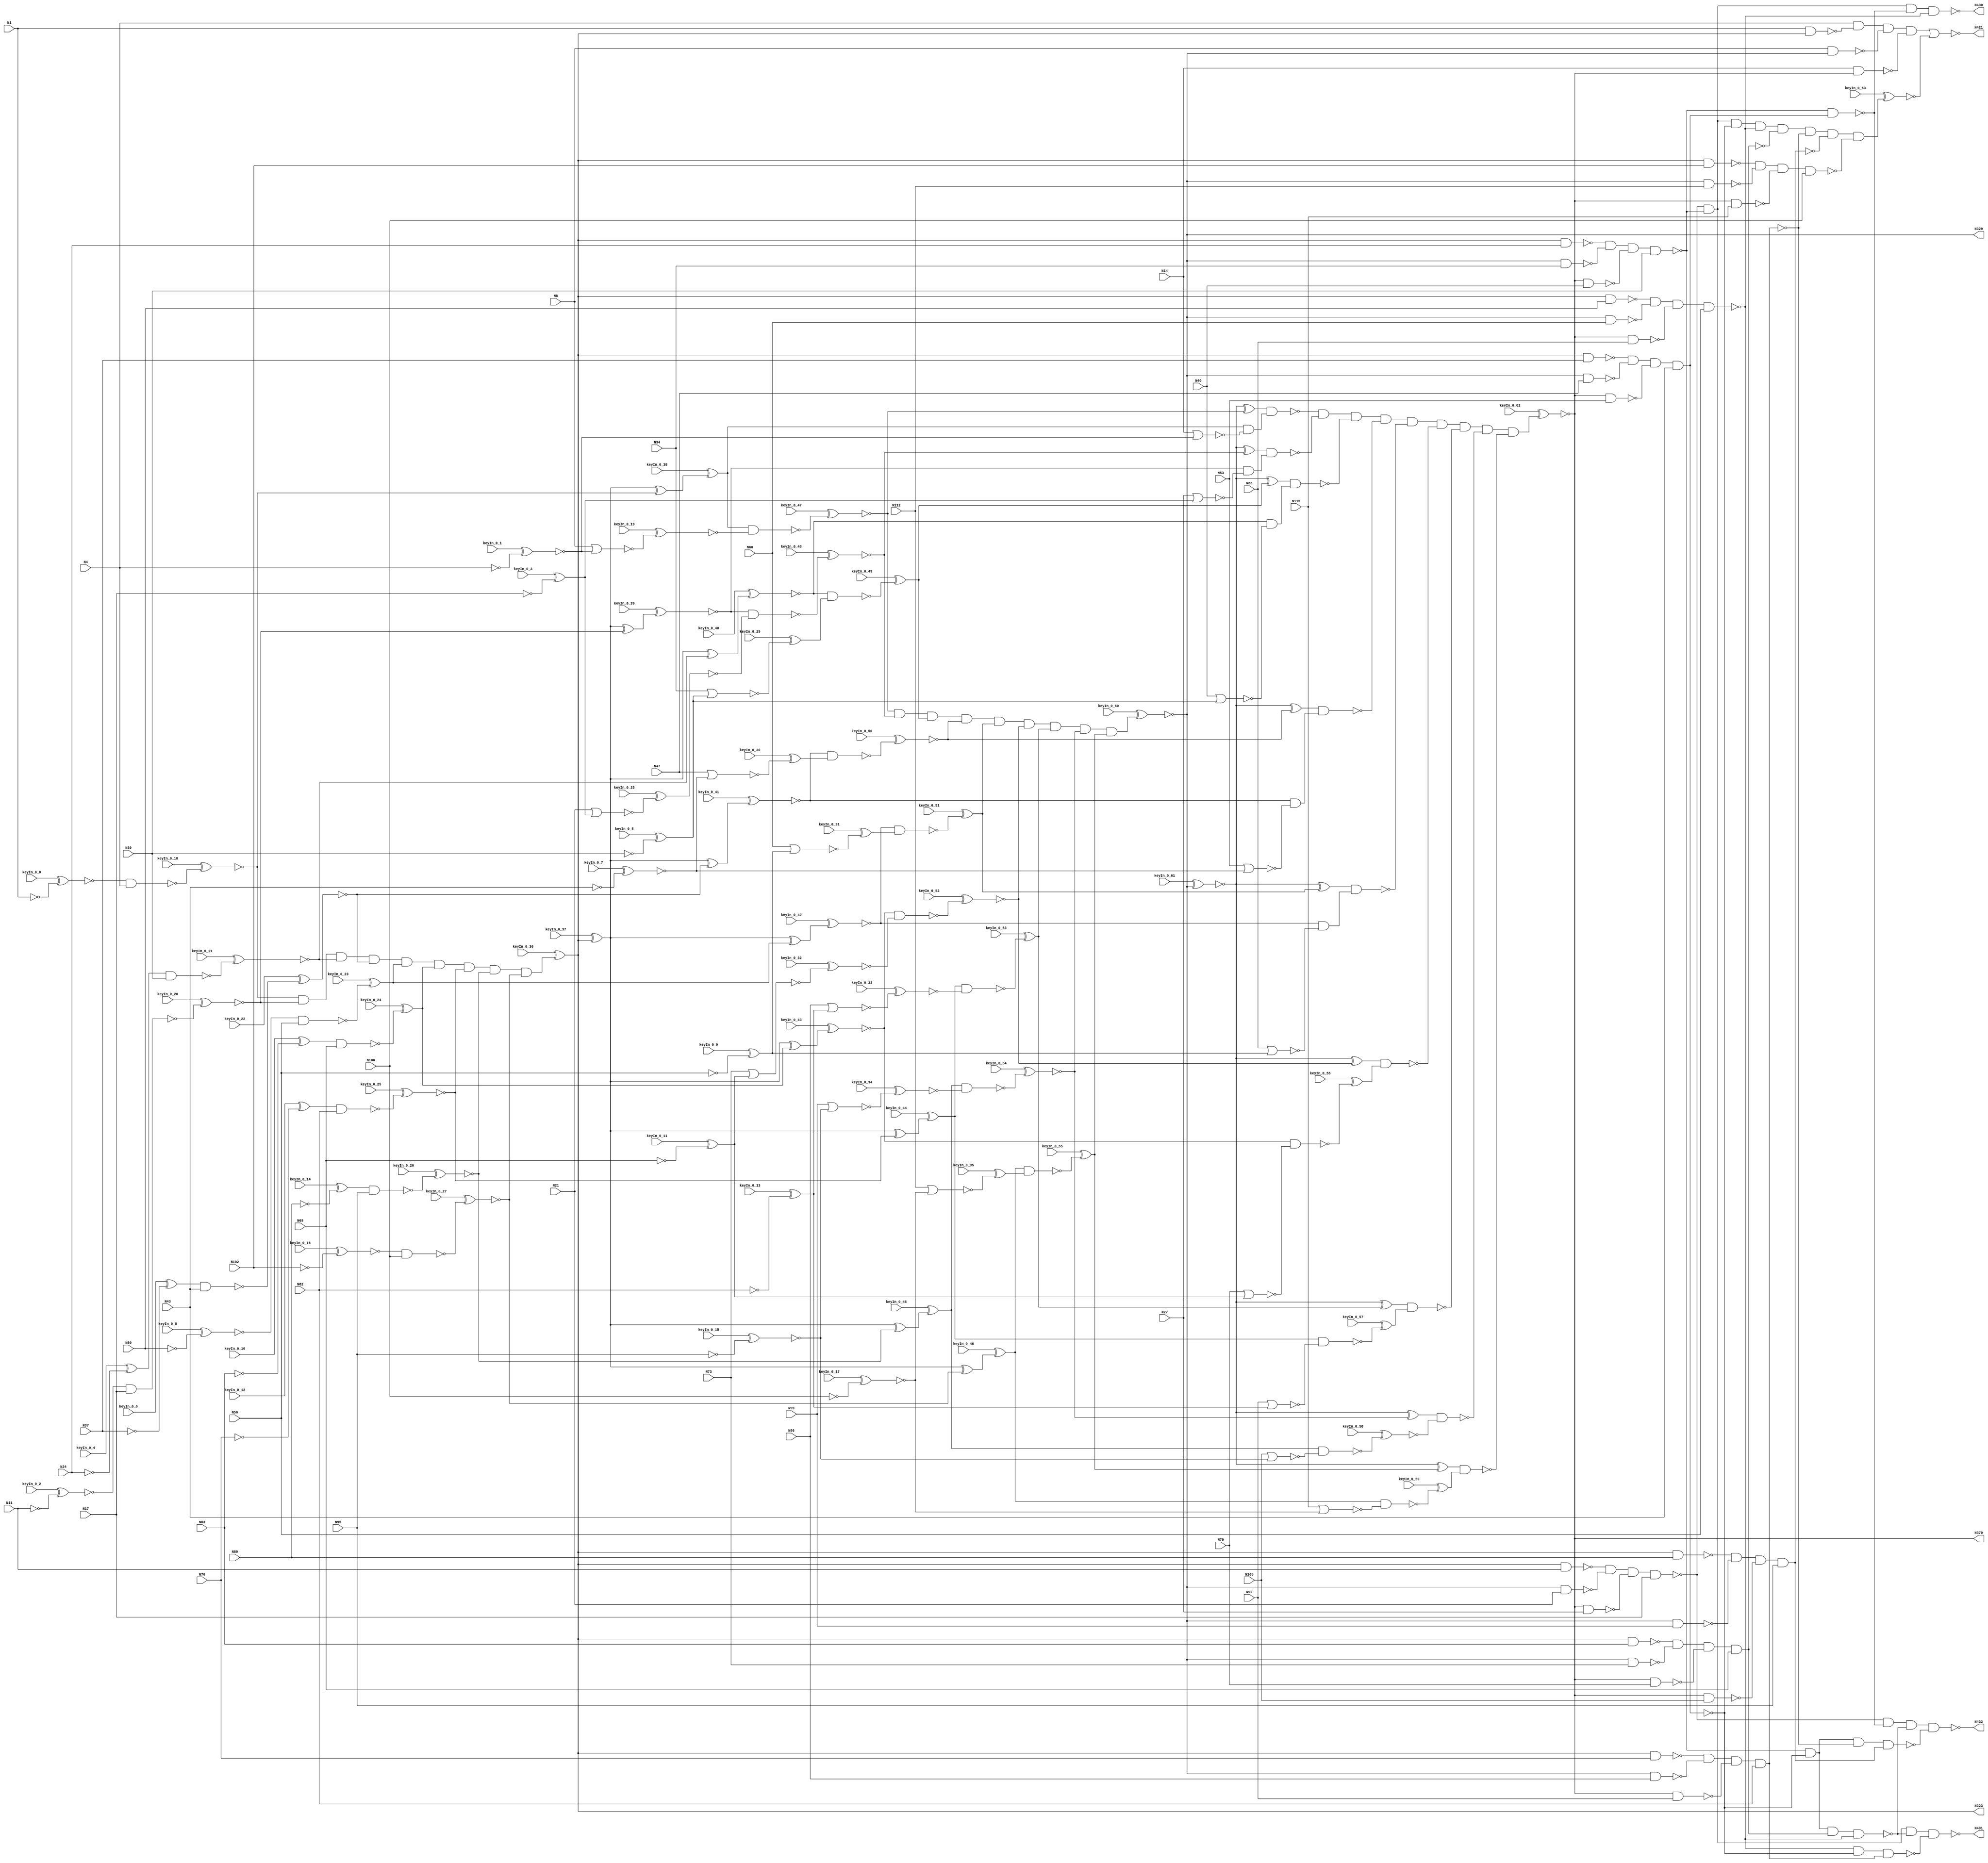
// This program was cloned from: https://github.com/matthewdelorenzo/CreativEval
// License: BSD 3-Clause "New" or "Revised" License

`timescale 1ns / 1ps
// Verilog
// c432
// Ninputs 36
// Noutputs 7
// NtotalGates 160
// NOT1 40
// NAND2 64
// NOR2 19
// AND9 3
// XOR2 18
// NAND4 14
// AND8 1
// NAND3 1

module top (N1,N4,N8,N11,N14,N17,N21,N24,N27,N30,
             N34,N37,N40,N43,N47,N50,N53,N56,N60,N63,
             N66,N69,N73,N76,N79,N82,N86,N89,N92,N95,
             N99,N102,N105,N108,N112,N115,N223,N329,N370,N421,
                  N430,N431,N432,
        keyIn_0_0, keyIn_0_1, keyIn_0_2, keyIn_0_3, keyIn_0_4,
        keyIn_0_5, keyIn_0_6, keyIn_0_7, keyIn_0_8, keyIn_0_9,
        keyIn_0_10, keyIn_0_11, keyIn_0_12, keyIn_0_13, keyIn_0_14,
        keyIn_0_15, keyIn_0_16, keyIn_0_17, keyIn_0_18, keyIn_0_19,
        keyIn_0_20, keyIn_0_21, keyIn_0_22, keyIn_0_23, keyIn_0_24,
        keyIn_0_25, keyIn_0_26, keyIn_0_27, keyIn_0_28, keyIn_0_29,
        keyIn_0_30, keyIn_0_31, keyIn_0_32, keyIn_0_33, keyIn_0_34,
        keyIn_0_35, keyIn_0_36, keyIn_0_37, keyIn_0_38, keyIn_0_39,
        keyIn_0_40, keyIn_0_41, keyIn_0_42, keyIn_0_43, keyIn_0_44,
        keyIn_0_45, keyIn_0_46, keyIn_0_47, keyIn_0_48, keyIn_0_49,
        keyIn_0_50, keyIn_0_51, keyIn_0_52, keyIn_0_53, keyIn_0_54,
        keyIn_0_55, keyIn_0_56, keyIn_0_57, keyIn_0_58, keyIn_0_59,
        keyIn_0_60, keyIn_0_61, keyIn_0_62, keyIn_0_63);

  input keyIn_0_0, keyIn_0_1, keyIn_0_2, keyIn_0_3, keyIn_0_4;
  input keyIn_0_5, keyIn_0_6, keyIn_0_7, keyIn_0_8, keyIn_0_9;
  input keyIn_0_10, keyIn_0_11, keyIn_0_12, keyIn_0_13, keyIn_0_14;
  input keyIn_0_15, keyIn_0_16, keyIn_0_17, keyIn_0_18, keyIn_0_19;
  input keyIn_0_20, keyIn_0_21, keyIn_0_22, keyIn_0_23, keyIn_0_24;
  input keyIn_0_25, keyIn_0_26, keyIn_0_27, keyIn_0_28, keyIn_0_29;
  input keyIn_0_30, keyIn_0_31, keyIn_0_32, keyIn_0_33, keyIn_0_34;
  input keyIn_0_35, keyIn_0_36, keyIn_0_37, keyIn_0_38, keyIn_0_39;
  input keyIn_0_40, keyIn_0_41, keyIn_0_42, keyIn_0_43, keyIn_0_44;
  input keyIn_0_45, keyIn_0_46, keyIn_0_47, keyIn_0_48, keyIn_0_49;
  input keyIn_0_50, keyIn_0_51, keyIn_0_52, keyIn_0_53, keyIn_0_54;
  input keyIn_0_55, keyIn_0_56, keyIn_0_57, keyIn_0_58, keyIn_0_59;
  input keyIn_0_60, keyIn_0_61, keyIn_0_62, keyIn_0_63;

  wire [0:63] KeyWire_0;
  wire [0:27] KeyNOTWire_0;

input N1,N4,N8,N11,N14,N17,N21,N24,N27,N30,
      N34,N37,N40,N43,N47,N50,N53,N56,N60,N63,
      N66,N69,N73,N76,N79,N82,N86,N89,N92,N95,
      N99,N102,N105,N108,N112,N115;

output N223,N329,N370,N421,N430,N431,N432;

wire N118,N119,N122,N123,N126,N127,N130,N131,N134,N135,
     N138,N139,N142,N143,N146,N147,N150,N151,N154,N157,
     N158,N159,N162,N165,N168,N171,N174,N177,N180,N183,
     N184,N185,N186,N187,N188,N189,N190,N191,N192,N193,
     N194,N195,N196,N197,N198,N199,N203,N213,N224,N227,
     N230,N233,N236,N239,N242,N243,N246,N247,N250,N251,
     N254,N255,N256,N257,N258,N259,N260,N263,N264,N267,
     N270,N273,N276,N279,N282,N285,N288,N289,N290,N291,
     N292,N293,N294,N295,N296,N300,N301,N302,N303,N304,
     N305,N306,N307,N308,N309,N319,N330,N331,N332,N333,
     N334,N335,N336,N337,N338,N339,N340,N341,N342,N343,
     N344,N345,N346,N347,N348,N349,N350,N351,N352,N353,
     N354,N355,N356,N357,N360,N371,N372,N373,N374,N375,
     N376,N377,N378,N379,N380,N381,N386,N393,N399,N404,
     N407,N411,N414,N415,N416,N417,N418,N419,N420,N422,
     N425,N428,N429;

  not NOT1_1 (KeyWire_0[0], N1);
  xnor KeyGate_0_0(N118, keyIn_0_0, KeyWire_0[0]);
  not NOT1_2 (KeyWire_0[1], N4);
  xor KeyGate_0_1(KeyNOTWire_0[0], keyIn_0_1, KeyWire_0[1]);
  not KeyNOTGate_0_0(N119, KeyNOTWire_0[0]);
  not NOT1_3 (KeyWire_0[2], N11);
  xor KeyGate_0_2(KeyNOTWire_0[1], keyIn_0_2, KeyWire_0[2]);
  not KeyNOTGate_0_1(N122, KeyNOTWire_0[1]);
  not NOT1_4 (KeyWire_0[3], N17);
  xnor KeyGate_0_3(KeyNOTWire_0[2], keyIn_0_3, KeyWire_0[3]);
  not KeyNOTGate_0_2(N123, KeyNOTWire_0[2]);
  not NOT1_5 (KeyWire_0[4], N24);
  xor KeyGate_0_4(N126, keyIn_0_4, KeyWire_0[4]);
  not NOT1_6 (KeyWire_0[5], N30);
  xor KeyGate_0_5(N127, keyIn_0_5, KeyWire_0[5]);
  not NOT1_7 (KeyWire_0[6], N37);
  xor KeyGate_0_6(N130, keyIn_0_6, KeyWire_0[6]);
  not NOT1_8 (KeyWire_0[7], N43);
  xnor KeyGate_0_7(N131, keyIn_0_7, KeyWire_0[7]);
  not NOT1_9 (KeyWire_0[8], N50);
  xnor KeyGate_0_8(N134, keyIn_0_8, KeyWire_0[8]);
  not NOT1_10 (KeyWire_0[9], N56);
  xor KeyGate_0_9(N135, keyIn_0_9, KeyWire_0[9]);
  not NOT1_11 (KeyWire_0[10], N63);
  xor KeyGate_0_10(N138, keyIn_0_10, KeyWire_0[10]);
  not NOT1_12 (KeyWire_0[11], N69);
  xnor KeyGate_0_11(KeyNOTWire_0[3], keyIn_0_11, KeyWire_0[11]);
  not KeyNOTGate_0_3(N139, KeyNOTWire_0[3]);
  not NOT1_13 (KeyWire_0[12], N76);
  xor KeyGate_0_12(N142, keyIn_0_12, KeyWire_0[12]);
  not NOT1_14 (KeyWire_0[13], N82);
  xor KeyGate_0_13(N143, keyIn_0_13, KeyWire_0[13]);
  not NOT1_15 (KeyWire_0[14], N89);
  xor KeyGate_0_14(N146, keyIn_0_14, KeyWire_0[14]);
  not NOT1_16 (KeyWire_0[15], N95);
  xnor KeyGate_0_15(N147, keyIn_0_15, KeyWire_0[15]);
  not NOT1_17 (KeyWire_0[16], N102);
  xor KeyGate_0_16(KeyNOTWire_0[4], keyIn_0_16, KeyWire_0[16]);
  not KeyNOTGate_0_4(N150, KeyNOTWire_0[4]);
  not NOT1_18 (KeyWire_0[17], N108);
  xnor KeyGate_0_17(N151, keyIn_0_17, KeyWire_0[17]);
  nand NAND2_19 (KeyWire_0[18], N118, N4);
  xnor KeyGate_0_18(N154, keyIn_0_18, KeyWire_0[18]);
  nor NOR2_20 (KeyWire_0[19], N8, N119);
  xnor KeyGate_0_19(N157, keyIn_0_19, KeyWire_0[19]);
nor NOR2_21 (N158, N14, N119);
  nand NAND2_22 (KeyWire_0[20], N122, N17);
  xnor KeyGate_0_20(N159, keyIn_0_20, KeyWire_0[20]);
  nand NAND2_23 (KeyWire_0[21], N126, N30);
  xor KeyGate_0_21(KeyNOTWire_0[5], keyIn_0_21, KeyWire_0[21]);
  not KeyNOTGate_0_5(N162, KeyNOTWire_0[5]);
  nand NAND2_24 (KeyWire_0[22], N130, N43);
  xor KeyGate_0_22(KeyNOTWire_0[6], keyIn_0_22, KeyWire_0[22]);
  not KeyNOTGate_0_6(N165, KeyNOTWire_0[6]);
  nand NAND2_25 (KeyWire_0[23], N134, N56);
  xor KeyGate_0_23(N168, keyIn_0_23, KeyWire_0[23]);
  nand NAND2_26 (KeyWire_0[24], N138, N69);
  xnor KeyGate_0_24(KeyNOTWire_0[7], keyIn_0_24, KeyWire_0[24]);
  not KeyNOTGate_0_7(N171, KeyNOTWire_0[7]);
  nand NAND2_27 (KeyWire_0[25], N142, N82);
  xnor KeyGate_0_25(N174, keyIn_0_25, KeyWire_0[25]);
  nand NAND2_28 (KeyWire_0[26], N146, N95);
  xnor KeyGate_0_26(N177, keyIn_0_26, KeyWire_0[26]);
  nand NAND2_29 (KeyWire_0[27], N150, N108);
  xor KeyGate_0_27(KeyNOTWire_0[8], keyIn_0_27, KeyWire_0[27]);
  not KeyNOTGate_0_8(N180, KeyNOTWire_0[8]);
  nor NOR2_30 (KeyWire_0[28], N21, N123);
  xor KeyGate_0_28(KeyNOTWire_0[9], keyIn_0_28, KeyWire_0[28]);
  not KeyNOTGate_0_9(N183, KeyNOTWire_0[9]);
nor NOR2_31 (N184, N27, N123);
  nor NOR2_32 (KeyWire_0[29], N34, N127);
  xor KeyGate_0_29(N185, keyIn_0_29, KeyWire_0[29]);
nor NOR2_33 (N186, N40, N127);
  nor NOR2_34 (KeyWire_0[30], N47, N131);
  xnor KeyGate_0_30(KeyNOTWire_0[10], keyIn_0_30, KeyWire_0[30]);
  not KeyNOTGate_0_10(N187, KeyNOTWire_0[10]);
nor NOR2_35 (N188, N53, N131);
  nor NOR2_36 (KeyWire_0[31], N60, N135);
  xnor KeyGate_0_31(KeyNOTWire_0[11], keyIn_0_31, KeyWire_0[31]);
  not KeyNOTGate_0_11(N189, KeyNOTWire_0[11]);
nor NOR2_37 (N190, N66, N135);
  nor NOR2_38 (KeyWire_0[32], N73, N139);
  xor KeyGate_0_32(KeyNOTWire_0[12], keyIn_0_32, KeyWire_0[32]);
  not KeyNOTGate_0_12(N191, KeyNOTWire_0[12]);
nor NOR2_39 (N192, N79, N139);
  nor NOR2_40 (KeyWire_0[33], N86, N143);
  xnor KeyGate_0_33(N193, keyIn_0_33, KeyWire_0[33]);
nor NOR2_41 (N194, N92, N143);
  nor NOR2_42 (KeyWire_0[34], N99, N147);
  xor KeyGate_0_34(KeyNOTWire_0[13], keyIn_0_34, KeyWire_0[34]);
  not KeyNOTGate_0_13(N195, KeyNOTWire_0[13]);
nor NOR2_43 (N196, N105, N147);
  nor NOR2_44 (KeyWire_0[35], N112, N151);
  xnor KeyGate_0_35(KeyNOTWire_0[14], keyIn_0_35, KeyWire_0[35]);
  not KeyNOTGate_0_14(N197, KeyNOTWire_0[14]);
nor NOR2_45 (N198, N115, N151);
  and AND9_46 (KeyWire_0[36], N154, N159, N162, N165, N168, N171, N174, N177, N180);
  xnor KeyGate_0_36(N199, keyIn_0_36, KeyWire_0[36]);
  not NOT1_47 (KeyWire_0[37], N199);
  xnor KeyGate_0_37(KeyNOTWire_0[15], keyIn_0_37, KeyWire_0[37]);
  not KeyNOTGate_0_15(N203, KeyNOTWire_0[15]);
not NOT1_48 (N213, N199);
not NOT1_49 (N223, N199);
  xor XOR2_50 (KeyWire_0[38], N203, N154);
  xnor KeyGate_0_38(KeyNOTWire_0[16], keyIn_0_38, KeyWire_0[38]);
  not KeyNOTGate_0_16(N224, KeyNOTWire_0[16]);
  xor XOR2_51 (KeyWire_0[39], N203, N159);
  xnor KeyGate_0_39(N227, keyIn_0_39, KeyWire_0[39]);
  xor XOR2_52 (KeyWire_0[40], N203, N162);
  xor KeyGate_0_40(KeyNOTWire_0[17], keyIn_0_40, KeyWire_0[40]);
  not KeyNOTGate_0_17(N230, KeyNOTWire_0[17]);
  xor XOR2_53 (KeyWire_0[41], N203, N165);
  xnor KeyGate_0_41(N233, keyIn_0_41, KeyWire_0[41]);
  xor XOR2_54 (KeyWire_0[42], N203, N168);
  xor KeyGate_0_42(KeyNOTWire_0[18], keyIn_0_42, KeyWire_0[42]);
  not KeyNOTGate_0_18(N236, KeyNOTWire_0[18]);
  xor XOR2_55 (KeyWire_0[43], N203, N171);
  xor KeyGate_0_43(KeyNOTWire_0[19], keyIn_0_43, KeyWire_0[43]);
  not KeyNOTGate_0_19(N239, KeyNOTWire_0[19]);
nand NAND2_56 (N242, N1, N213);
  xor XOR2_57 (KeyWire_0[44], N203, N174);
  xor KeyGate_0_44(N243, keyIn_0_44, KeyWire_0[44]);
nand NAND2_58 (N246, N213, N11);
  xor XOR2_59 (KeyWire_0[45], N203, N177);
  xor KeyGate_0_45(N247, keyIn_0_45, KeyWire_0[45]);
nand NAND2_60 (N250, N213, N24);
  xor XOR2_61 (KeyWire_0[46], N203, N180);
  xor KeyGate_0_46(N251, keyIn_0_46, KeyWire_0[46]);
nand NAND2_62 (N254, N213, N37);
nand NAND2_63 (N255, N213, N50);
nand NAND2_64 (N256, N213, N63);
nand NAND2_65 (N257, N213, N76);
nand NAND2_66 (N258, N213, N89);
nand NAND2_67 (N259, N213, N102);
  nand NAND2_68 (KeyWire_0[47], N224, N157);
  xor KeyGate_0_47(KeyNOTWire_0[20], keyIn_0_47, KeyWire_0[47]);
  not KeyNOTGate_0_20(N260, KeyNOTWire_0[20]);
nand NAND2_69 (N263, N224, N158);
  nand NAND2_70 (KeyWire_0[48], N227, N183);
  xor KeyGate_0_48(KeyNOTWire_0[21], keyIn_0_48, KeyWire_0[48]);
  not KeyNOTGate_0_21(N264, KeyNOTWire_0[21]);
  nand NAND2_71 (KeyWire_0[49], N230, N185);
  xnor KeyGate_0_49(KeyNOTWire_0[22], keyIn_0_49, KeyWire_0[49]);
  not KeyNOTGate_0_22(N267, KeyNOTWire_0[22]);
  nand NAND2_72 (KeyWire_0[50], N233, N187);
  xor KeyGate_0_50(KeyNOTWire_0[23], keyIn_0_50, KeyWire_0[50]);
  not KeyNOTGate_0_23(N270, KeyNOTWire_0[23]);
  nand NAND2_73 (KeyWire_0[51], N236, N189);
  xor KeyGate_0_51(N273, keyIn_0_51, KeyWire_0[51]);
  nand NAND2_74 (KeyWire_0[52], N239, N191);
  xnor KeyGate_0_52(N276, keyIn_0_52, KeyWire_0[52]);
  nand NAND2_75 (KeyWire_0[53], N243, N193);
  xnor KeyGate_0_53(KeyNOTWire_0[24], keyIn_0_53, KeyWire_0[53]);
  not KeyNOTGate_0_24(N279, KeyNOTWire_0[24]);
  nand NAND2_76 (KeyWire_0[54], N247, N195);
  xnor KeyGate_0_54(N282, keyIn_0_54, KeyWire_0[54]);
  nand NAND2_77 (KeyWire_0[55], N251, N197);
  xor KeyGate_0_55(N285, keyIn_0_55, KeyWire_0[55]);
nand NAND2_78 (N288, N227, N184);
nand NAND2_79 (N289, N230, N186);
nand NAND2_80 (N290, N233, N188);
nand NAND2_81 (N291, N236, N190);
  nand NAND2_82 (KeyWire_0[56], N239, N192);
  xor KeyGate_0_56(KeyNOTWire_0[25], keyIn_0_56, KeyWire_0[56]);
  not KeyNOTGate_0_25(N292, KeyNOTWire_0[25]);
  nand NAND2_83 (KeyWire_0[57], N243, N194);
  xnor KeyGate_0_57(N293, keyIn_0_57, KeyWire_0[57]);
  nand NAND2_84 (KeyWire_0[58], N247, N196);
  xor KeyGate_0_58(N294, keyIn_0_58, KeyWire_0[58]);
  nand NAND2_85 (KeyWire_0[59], N251, N198);
  xnor KeyGate_0_59(N295, keyIn_0_59, KeyWire_0[59]);
  and AND9_86 (KeyWire_0[60], N260, N264, N267, N270, N273, N276, N279, N282, N285);
  xor KeyGate_0_60(N296, keyIn_0_60, KeyWire_0[60]);
not NOT1_87 (N300, N263);
not NOT1_88 (N301, N288);
not NOT1_89 (N302, N289);
not NOT1_90 (N303, N290);
not NOT1_91 (N304, N291);
not NOT1_92 (N305, N292);
not NOT1_93 (N306, N293);
not NOT1_94 (N307, N294);
not NOT1_95 (N308, N295);
  not NOT1_96 (KeyWire_0[61], N296);
  xor KeyGate_0_61(KeyNOTWire_0[26], keyIn_0_61, KeyWire_0[61]);
  not KeyNOTGate_0_26(N309, KeyNOTWire_0[26]);
not NOT1_97 (N319, N296);
not NOT1_98 (N329, N296);
xor XOR2_99 (N330, N309, N260);
xor XOR2_100 (N331, N309, N264);
xor XOR2_101 (N332, N309, N267);
xor XOR2_102 (N333, N309, N270);
nand NAND2_103 (N334, N8, N319);
xor XOR2_104 (N335, N309, N273);
nand NAND2_105 (N336, N319, N21);
xor XOR2_106 (N337, N309, N276);
nand NAND2_107 (N338, N319, N34);
xor XOR2_108 (N339, N309, N279);
nand NAND2_109 (N340, N319, N47);
xor XOR2_110 (N341, N309, N282);
nand NAND2_111 (N342, N319, N60);
xor XOR2_112 (N343, N309, N285);
nand NAND2_113 (N344, N319, N73);
nand NAND2_114 (N345, N319, N86);
nand NAND2_115 (N346, N319, N99);
nand NAND2_116 (N347, N319, N112);
nand NAND2_117 (N348, N330, N300);
nand NAND2_118 (N349, N331, N301);
nand NAND2_119 (N350, N332, N302);
nand NAND2_120 (N351, N333, N303);
nand NAND2_121 (N352, N335, N304);
nand NAND2_122 (N353, N337, N305);
nand NAND2_123 (N354, N339, N306);
nand NAND2_124 (N355, N341, N307);
nand NAND2_125 (N356, N343, N308);
  and AND9_126 (KeyWire_0[62], N348, N349, N350, N351, N352, N353, N354, N355, N356);
  xor KeyGate_0_62(N357, keyIn_0_62, KeyWire_0[62]);
not NOT1_127 (N360, N357);
not NOT1_128 (N370, N357);
nand NAND2_129 (N371, N14, N360);
nand NAND2_130 (N372, N360, N27);
nand NAND2_131 (N373, N360, N40);
nand NAND2_132 (N374, N360, N53);
nand NAND2_133 (N375, N360, N66);
nand NAND2_134 (N376, N360, N79);
nand NAND2_135 (N377, N360, N92);
nand NAND2_136 (N378, N360, N105);
nand NAND2_137 (N379, N360, N115);
nand NAND4_138 (N380, N4, N242, N334, N371);
nand NAND4_139 (N381, N246, N336, N372, N17);
nand NAND4_140 (N386, N250, N338, N373, N30);
nand NAND4_141 (N393, N254, N340, N374, N43);
nand NAND4_142 (N399, N255, N342, N375, N56);
nand NAND4_143 (N404, N256, N344, N376, N69);
nand NAND4_144 (N407, N257, N345, N377, N82);
nand NAND4_145 (N411, N258, N346, N378, N95);
nand NAND4_146 (N414, N259, N347, N379, N108);
not NOT1_147 (N415, N380);
  and AND8_148 (KeyWire_0[63], N381, N386, N393, N399, N404, N407, N411, N414);
  xor KeyGate_0_63(KeyNOTWire_0[27], keyIn_0_63, KeyWire_0[63]);
  not KeyNOTGate_0_27(N416, KeyNOTWire_0[27]);
not NOT1_149 (N417, N393);
not NOT1_150 (N418, N404);
not NOT1_151 (N419, N407);
not NOT1_152 (N420, N411);
nor NOR2_153 (N421, N415, N416);
nand NAND2_154 (N422, N386, N417);
nand NAND4_155 (N425, N386, N393, N418, N399);
nand NAND3_156 (N428, N399, N393, N419);
nand NAND4_157 (N429, N386, N393, N407, N420);
nand NAND4_158 (N430, N381, N386, N422, N399);
nand NAND4_159 (N431, N381, N386, N425, N428);
nand NAND4_160 (N432, N381, N422, N425, N429);

endmodule